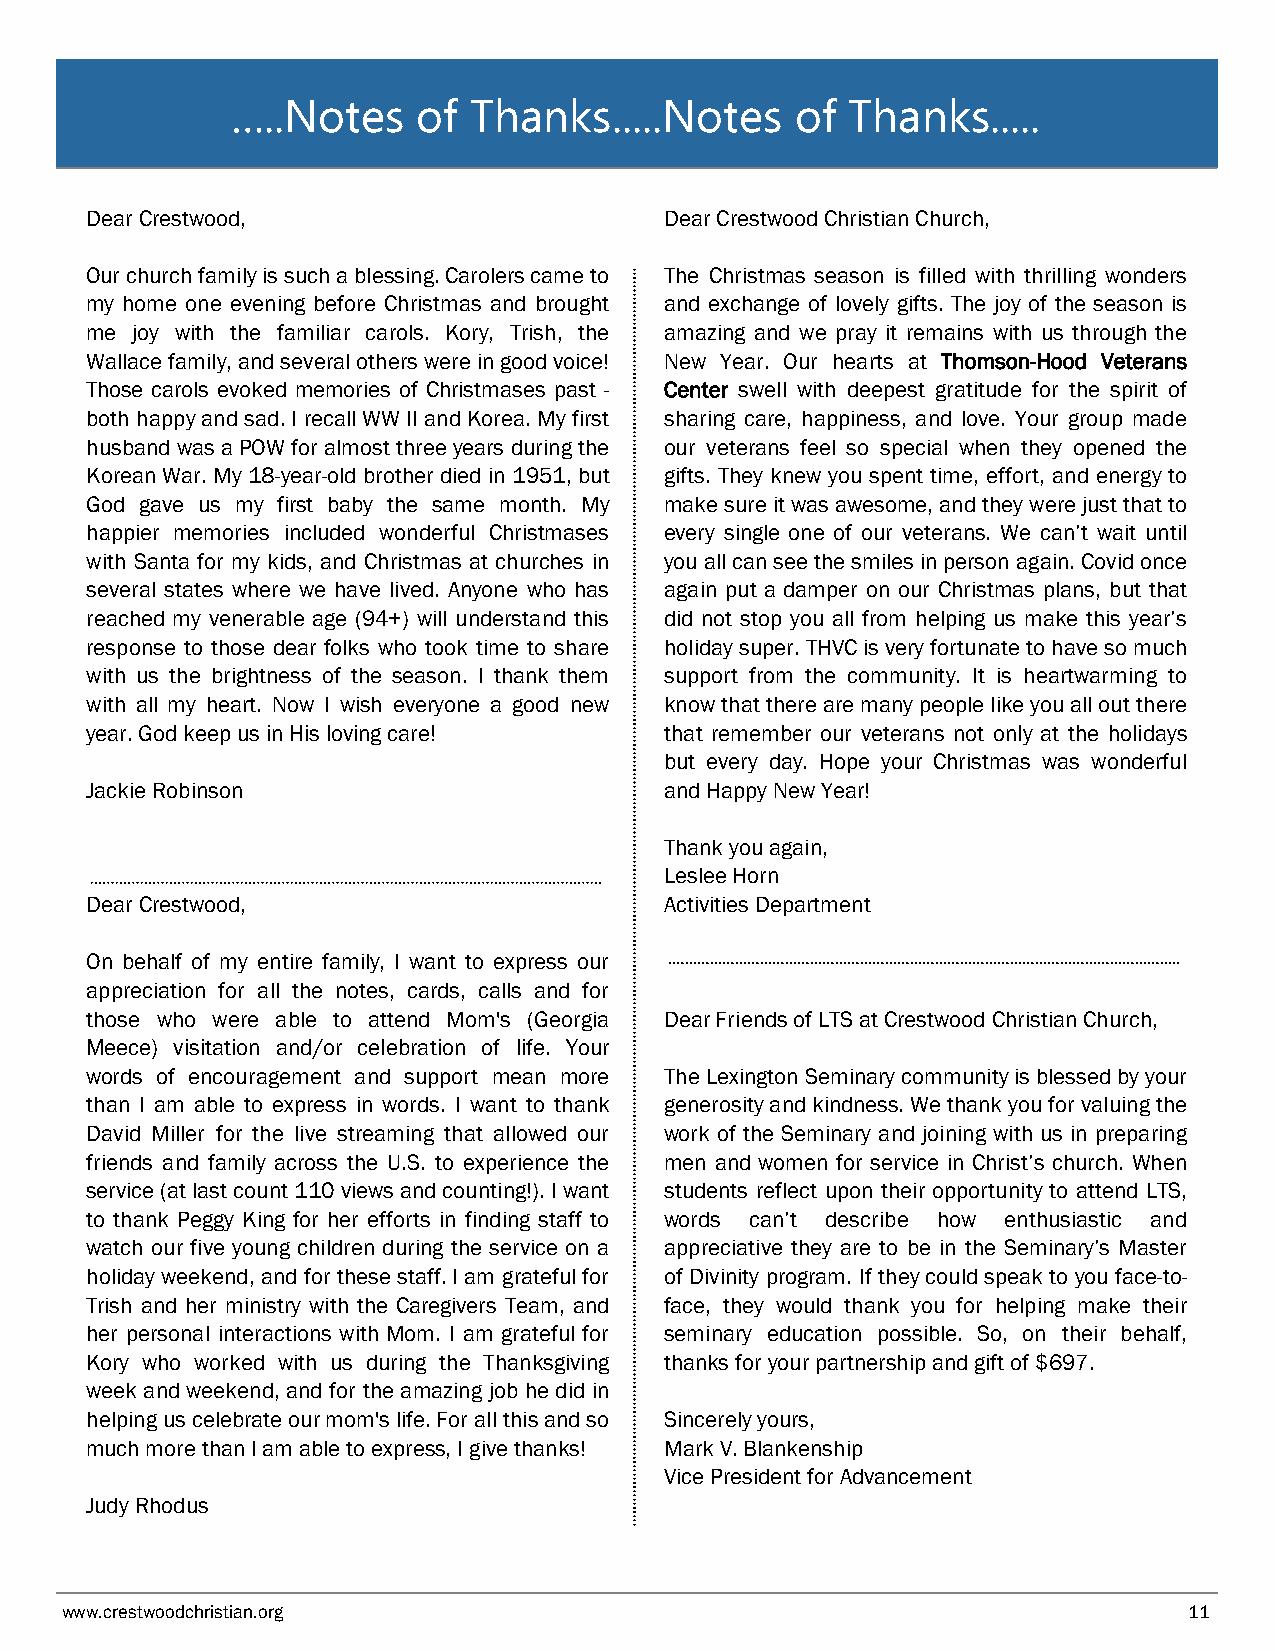
…..Notes     of Thanks.....Notes      of Thanks.....
 Dear Crestwood,                       Dear Crestwood Christian Church,
 Our church family is such a blessing. Carolers came to The Christmas season is filled with thrilling wonders
 my home one evening before Christmas and brought and exchange of lovely gifts. The joy of the season is
 me joy with the familiar carols. Kory, Trish, the amazing and we pray it remains with us through the
 Wallace family, and several others were in good voice! New Year. Our hearts at Thomson-Hood Veterans
 Those carols evoked memories of Christmases past - Center swell with deepest gratitude for the spirit of
 both happy and sad. I recall WW II and Korea. My first sharing care, happiness, and love. Your group made
 husband was a POW for almost three years during the our veterans feel so special when they opened the
 Korean War. My 18-year-old brother died in 1951, but gifts. They knew you spent time, effort, and energy to
 God gave us my first baby the same month. My make sure it was awesome, and they were just that to
 happier memories included wonderful Christmases every single one of our veterans. We can’t wait until
 with Santa for my kids, and Christmas at churches in you all can see the smiles in person again. Covid once
 several states where we have lived. Anyone who has again put a damper on our Christmas plans, but that
 reached my venerable age (94+) will understand this did not stop you all from helping us make this year’s
 response to those dear folks who took time to share holiday super. THVC is very fortunate to have so much
 with us the brightness of the season. I thank them support from the community. It is heartwarming to
 with all my heart. Now I wish everyone a good new know that there are many people like you all out there
 year. God keep us in His loving care! that remember our veterans not only at the holidays
 but every day. Hope your Christmas was wonderful
 Jackie Robinson                       and Happy New Year!
 Thank you again,
 Leslee Horn
 Dear Crestwood,                       Activities Department
 On behalf of my entire family, I want to express our
 appreciation for all the notes, cards, calls and for
 those who were able to attend Mom's (Georgia Dear Friends of LTS at Crestwood Christian Church,
 Meece) visitation and/or celebration of life. Your
 words of encouragement and support mean more The Lexington Seminary community is blessed by your
 than I am able to express in words. I want to thank generosity and kindness. We thank you for valuing the
 David Miller for the live streaming that allowed our work of the Seminary and joining with us in preparing
 friends and family across the U.S. to experience the men and women for service in Christ’s church. When
 service (at last count 110 views and counting!). I want students reflect upon their opportunity to attend LTS,
 to thank Peggy King for her efforts in finding staff to words can’t describe how enthusiastic and
 watch our five young children during the service on a appreciative they are to be in the Seminary’s Master
 holiday weekend, and for these staff. I am grateful for of Divinity program. If they could speak to you face-to-
 Trish and her ministry with the Caregivers Team, and face, they would thank you for helping make their
 her personal interactions with Mom. I am grateful for seminary education possible. So, on their behalf,
 Kory who worked with us during the Thanksgiving thanks for your partnership and gift of $697.
 week and weekend, and for the amazing job he did in
 helping us celebrate our mom's life. For all this and so Sincerely yours,
 much more than I am able to express, I give thanks! Mark V. Blankenship
 Vice President for Advancement
 Judy Rhodus
 www.crestwoodchristian.org                                                 11